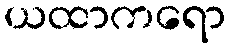
ယထာကရော